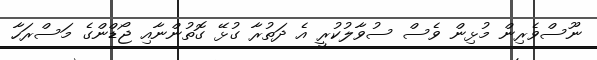
ނޫސްވެރިން މުޅިން ވެސް ސުވާލުކުރީ އެ ދަތުރާ ގުޅޭ ގޮތުންނާއި ޖޯޑްންގެ މަސްރަހާ